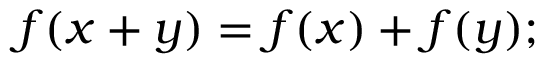
\textstyle f ( x + y ) = f ( x ) + f ( y ) ;